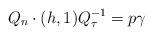
LaTeX: \begin{align*}Q_n \cdot (h, 1)Q_\tau^{-1}= p \gamma\end{align*}